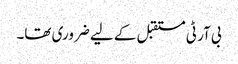
بی آر ٹی مستقبل کے لیے ضروری تھا۔